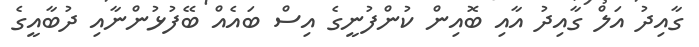
ގާއިދު އަލް ގާއިދު އާއި ބޮއިން ކުންފުނީގެ އިސް ބައެއް ބޭފުޅުންނާއި ދުބާއީގެ